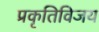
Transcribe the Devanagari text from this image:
प्रकृतिविजय